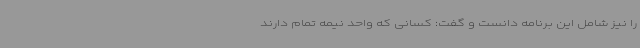
را نیز شامل این برنامه دانست و گفت: کسانی که واحد نیمه تمام دارند